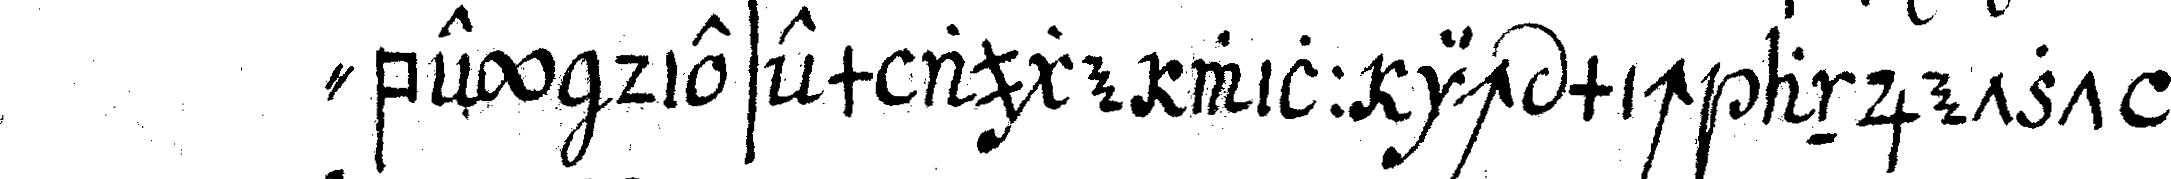
" bey diesem auge will ich mich anjetzt